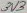
Text: 3V3